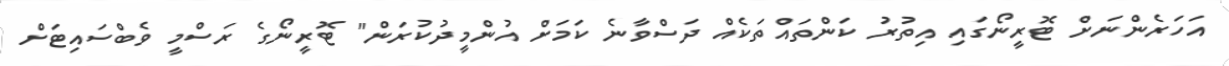
އަހަރެންނަށް ޓޮރީނޯގައި އިތުރު ކަންތައްތަކެއް ދަސްވާނެ ކަމަށް އުންމީދުކުރަން" ޓޮރީނޯގެ ރަސްމީ ވެބްސައިޓަށް